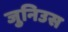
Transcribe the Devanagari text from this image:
जुनिउस